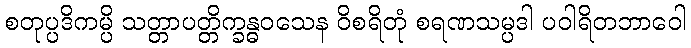
စတုပ္ပဒိကမ္ပိ သတ္တာပတ္တိက္ခန္ဓဝသေန ဝိစရိတုံ စရဏသမ္ပဒါ ပဝါရိတဘာဝေါ